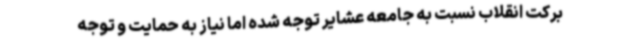
برکت انقلاب نسبت به جامعه عشایر توجه شده اما نیاز به حمایت و توجه